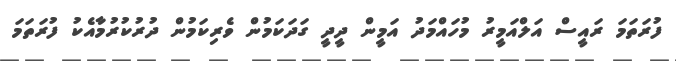
ފުރަތަމަ ރައީސް އަލްއަމީރު މުހައްމަދު އަމީން ދީދީ ގަދަކަމުން ވެރިކަމުން ދުރުކުރުމާއެކު ފުރަތަމަ